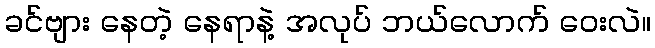
ခင်ဗျား နေတဲ့ နေရာနဲ့ အလုပ် ဘယ်လောက် ဝေးလဲ။